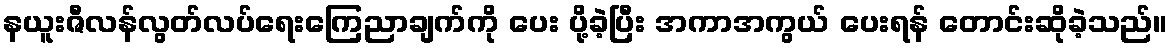
နယူးဇီလန်လွတ်လပ်ရေးကြေညာချက်ကို ပေး ပို့ခဲ့ပြီး အကာအကွယ် ပေးရန် တောင်းဆိုခဲ့သည်။